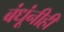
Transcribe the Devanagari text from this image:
बंधूंनीही